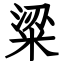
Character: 粱